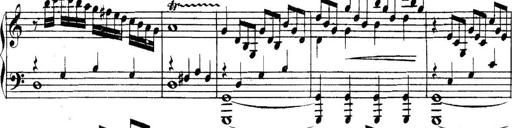
Title: Collected Piano Sonatas
Composer: Muzio Clementi